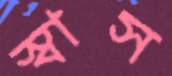
স্বাস